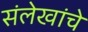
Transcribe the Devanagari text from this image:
संलेखांचे